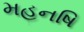
મહનષિ